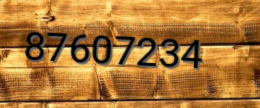
87607234